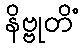
နိဗ္ဗုတိံ